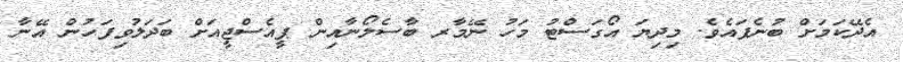
އެދޭކަމަށް ބުނެފައެވެ. މިދިޔަ އޯގަސްޓު މަހު ނޭމާރ ބާސެލޯނާއިން ޕީއެސްޖީއަށް ބަދަލުވިފަހުން އޭނާ